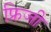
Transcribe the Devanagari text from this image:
फ्रिजी